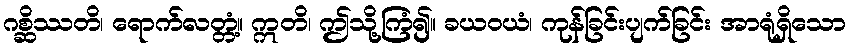
ဂစ္ဆိဿတိ၊ ရောက်လတ္တံ့။ ဣတိ၊ ဤသို့ကြံ၍။ ခယဝယံ၊ ကုန်ခြင်းပျက်ခြင်း အာရုံရှိသော